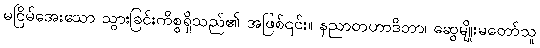
မငြိမ်အေးသော သွားခြင်းကိစ္စရှိသည်၏ အဖြစ်၎င်း။ နညာတဟာဒိတာ၊ ဆွေမျိုးမတော်သူ